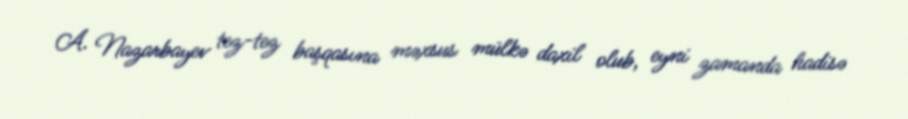
A. Nazarbayev tez-tez başqasına məxsus mülkə daxil olub, eyni zamanda hadisə